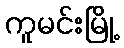
ကူမင်းမြို့